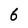
Character: 6